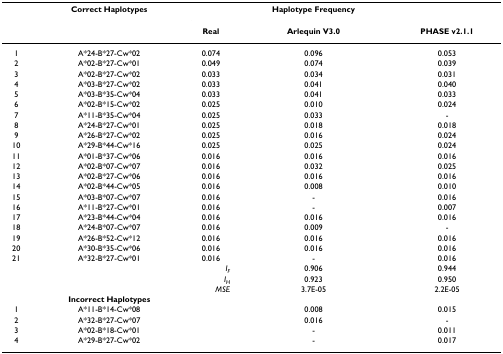
<table><thead><tr><td></td><td><b>Correct Haplotypes</b></td><td></td><td><b>Haplotype Frequency</b></td><td></td></tr><tr><td></td><td></td><td><b>Real</b></td><td><b>Arlequin V3.0</b></td><td><b>PHASE v2.1.1</b></td></tr></thead><tbody><tr><td>1</td><td>A*24-B*27-Cw*02</td><td>0.074</td><td>0.096</td><td>0.053</td></tr><tr><td>2</td><td>A*02-B*27-Cw*01</td><td>0.049</td><td>0.074</td><td>0.039</td></tr><tr><td>3</td><td>A*02-B*27-Cw*02</td><td>0.033</td><td>0.034</td><td>0.031</td></tr><tr><td>4</td><td>A*03-B*27-Cw*02</td><td>0.033</td><td>0.041</td><td>0.040</td></tr><tr><td>5</td><td>A*03-B*35-Cw*04</td><td>0.033</td><td>0.041</td><td>0.033</td></tr><tr><td>6</td><td>A*02-B*15-Cw*02</td><td>0.025</td><td>0.010</td><td>0.024</td></tr><tr><td>7</td><td>A*11-B*35-Cw*04</td><td>0.025</td><td>0.033</td><td>-</td></tr><tr><td>8</td><td>A*24-B*27-Cw*01</td><td>0.025</td><td>0.018</td><td>0.018</td></tr><tr><td>9</td><td>A*26-B*27-Cw*02</td><td>0.025</td><td>0.016</td><td>0.024</td></tr><tr><td>10</td><td>A*29-B*44-Cw*16</td><td>0.025</td><td>0.025</td><td>0.024</td></tr><tr><td>11</td><td>A*01-B*37-Cw*06</td><td>0.016</td><td>0.016</td><td>0.016</td></tr><tr><td>12</td><td>A*02-B*07-Cw*07</td><td>0.016</td><td>0.032</td><td>0.025</td></tr><tr><td>13</td><td>A*02-B*27-Cw*06</td><td>0.016</td><td>0.016</td><td>0.016</td></tr><tr><td>14</td><td>A*02-B*44-Cw*05</td><td>0.016</td><td>0.008</td><td>0.010</td></tr><tr><td>15</td><td>A*03-B*07-Cw*07</td><td>0.016</td><td>-</td><td>0.016</td></tr><tr><td>16</td><td>A*11-B*27-Cw*01</td><td>0.016</td><td>-</td><td>0.007</td></tr><tr><td>17</td><td>A*23-B*44-Cw*04</td><td>0.016</td><td>0.016</td><td>0.016</td></tr><tr><td>18</td><td>A*24-B*07-Cw*07</td><td>0.016</td><td>0.009</td><td>-</td></tr><tr><td>19</td><td>A*26-B*52-Cw*12</td><td>0.016</td><td>0.016</td><td>0.016</td></tr><tr><td>20</td><td>A*30-B*35-Cw*06</td><td>0.016</td><td>0.016</td><td>0.016</td></tr><tr><td>21</td><td>A*32-B*27-Cw*01</td><td>0.016</td><td>-</td><td>0.016</td></tr><tr><td></td><td></td><td><i>I</i><sub><i>F</i></sub></td><td>0.906</td><td>0.944</td></tr><tr><td></td><td></td><td><i>I</i><sub><i>H</i></sub></td><td>0.923</td><td>0.950</td></tr><tr><td></td><td></td><td><i>MSE</i></td><td>3.7E-05</td><td>2.2E-05</td></tr><tr><td></td><td><b>Incorrect Haplotypes</b></td><td></td><td></td><td></td></tr><tr><td>1</td><td>A*11-B*14-Cw*08</td><td></td><td>0.008</td><td>0.015</td></tr><tr><td>2</td><td>A*32-B*27-Cw*07</td><td></td><td>0.016</td><td>-</td></tr><tr><td>3</td><td>A*02-B*18-Cw*01</td><td></td><td>-</td><td>0.011</td></tr><tr><td>4</td><td>A*29-B*27-Cw*02</td><td></td><td>-</td><td>0.017</td></tr></tbody></table>